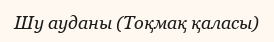
Шу ауданы (Тоқмақ қаласы)